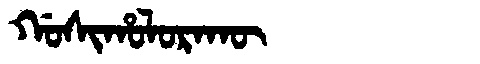
Manchu: ᡤᠣᠰᡳᡥᠣᠯᠣᡵᠠᡴᡡ
Romanization: GOSIHOLORAKŪ